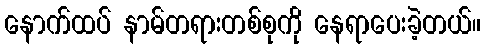
နောက်ထပ် နာမ်တရားတစ်စုကို နေရာပေးခဲ့တယ်။